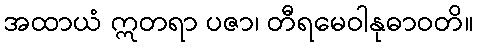
အထာယံ ဣတရာ ပဇာ၊ တီရမေဝါနုဓာဝတိ။